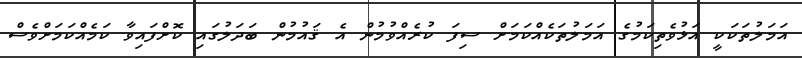
އަމަލުތަކަކީ އަޅުވެތިކަމުގެ އަމަލުތަކެއްކަމަށް ސިފަ ކުރެއްވުމުން އެ ޤައުމުން ބަދަލުގައި ކޮށްފައިވާ ކަމެއްކަމަށްވެސް